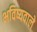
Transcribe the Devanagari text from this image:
भविष्यवाले